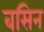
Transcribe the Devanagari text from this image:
बसिन